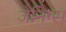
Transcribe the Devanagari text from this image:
जेनिग्स